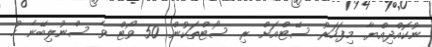
ނުކޮއްދިއްޔާ. މިފަހަރު. ސޭޓްއަށް. ރި. ސޯޓްތަކުން. 50 ވޯޓް ވެ. ސްނުލިބޭނެ ހު.